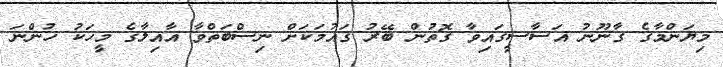
މިޔަންމާގެ ގާނޫނު އަސާސީގައިވާ ގޮތުން ބޭރު ގައުމަކަށް ނިސްބަތްވާ އާއިލާގެ މީހަކު ހުންނަ